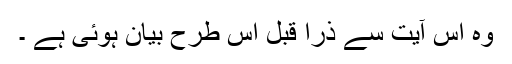
وہ اس آیت سے ذرا قبل اس طرح بیان ہوئی ہے ۔